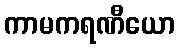
ကာမကရဏီယော